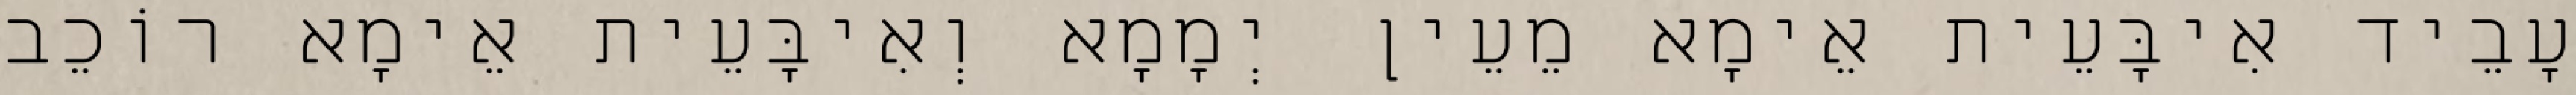
עָבֵיד אִיבָּעֵית אֵימָא מֵעֵין יְמָמָא וְאִיבָּעֵית אֵימָא רוֹכֵב